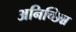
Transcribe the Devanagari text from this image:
अनिच्छिन्न